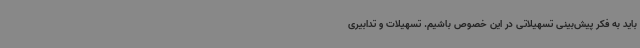
باید به فکر پیش‌بینی تسهیلاتی در این خصوص باشیم. تسهیلات و تدابیری